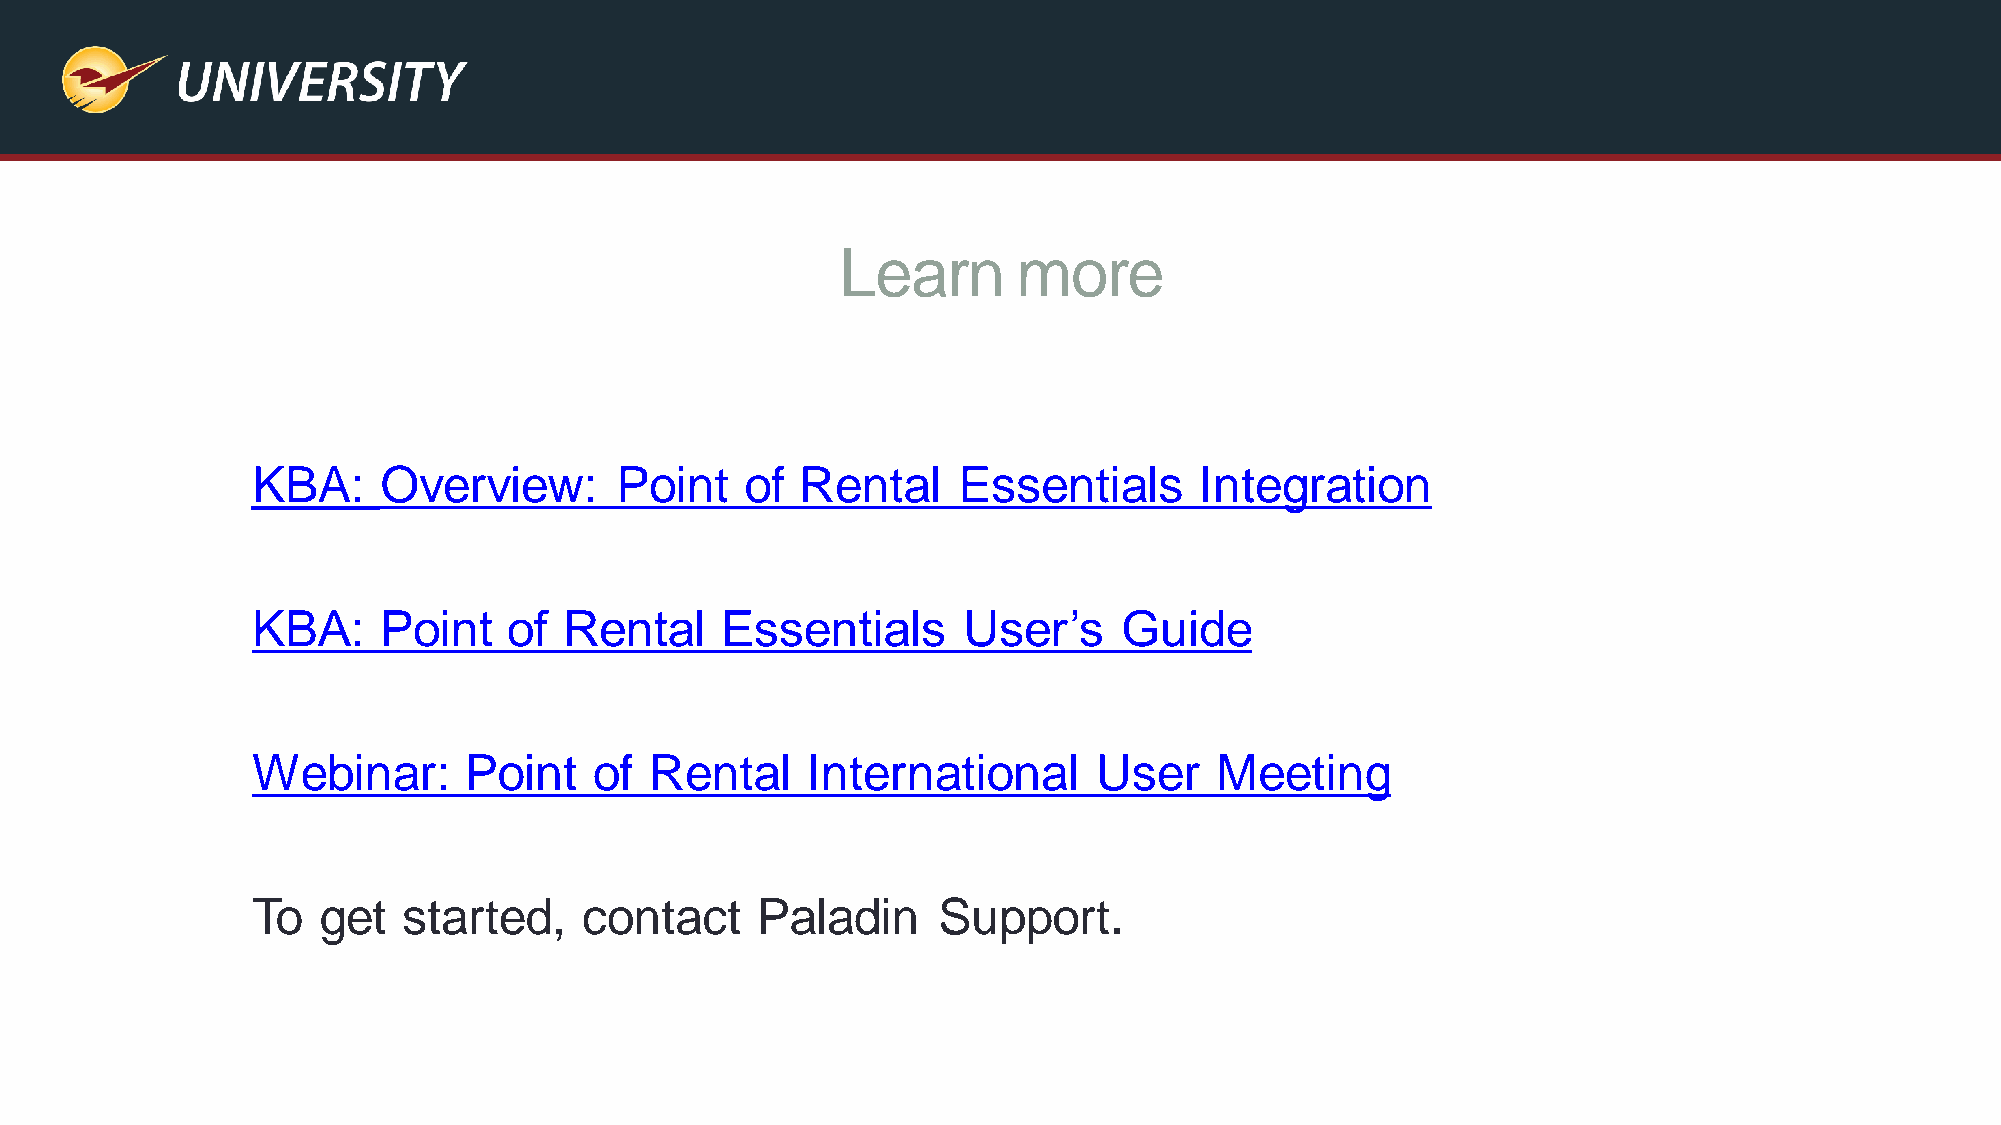
Learn      more
 KBA:    Overview:       Point   of  Rental    Essentials      Integration
 KBA:    Point    of Rental     Essentials      User’s    Guide
 Webinar:      Point   of  Rental    International       User   Meeting
 To  get   started,   contact     Paladin     Support.